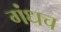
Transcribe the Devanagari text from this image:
गंधच